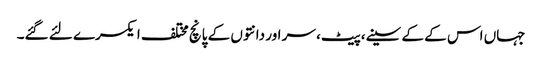
جہاں اس کے کے سینے،پیٹ، سر اور دانتوں‌ کے پانچ مختلف ایکسرے لئے گئے۔